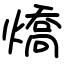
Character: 燆